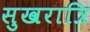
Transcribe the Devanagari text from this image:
सुखरात्रि